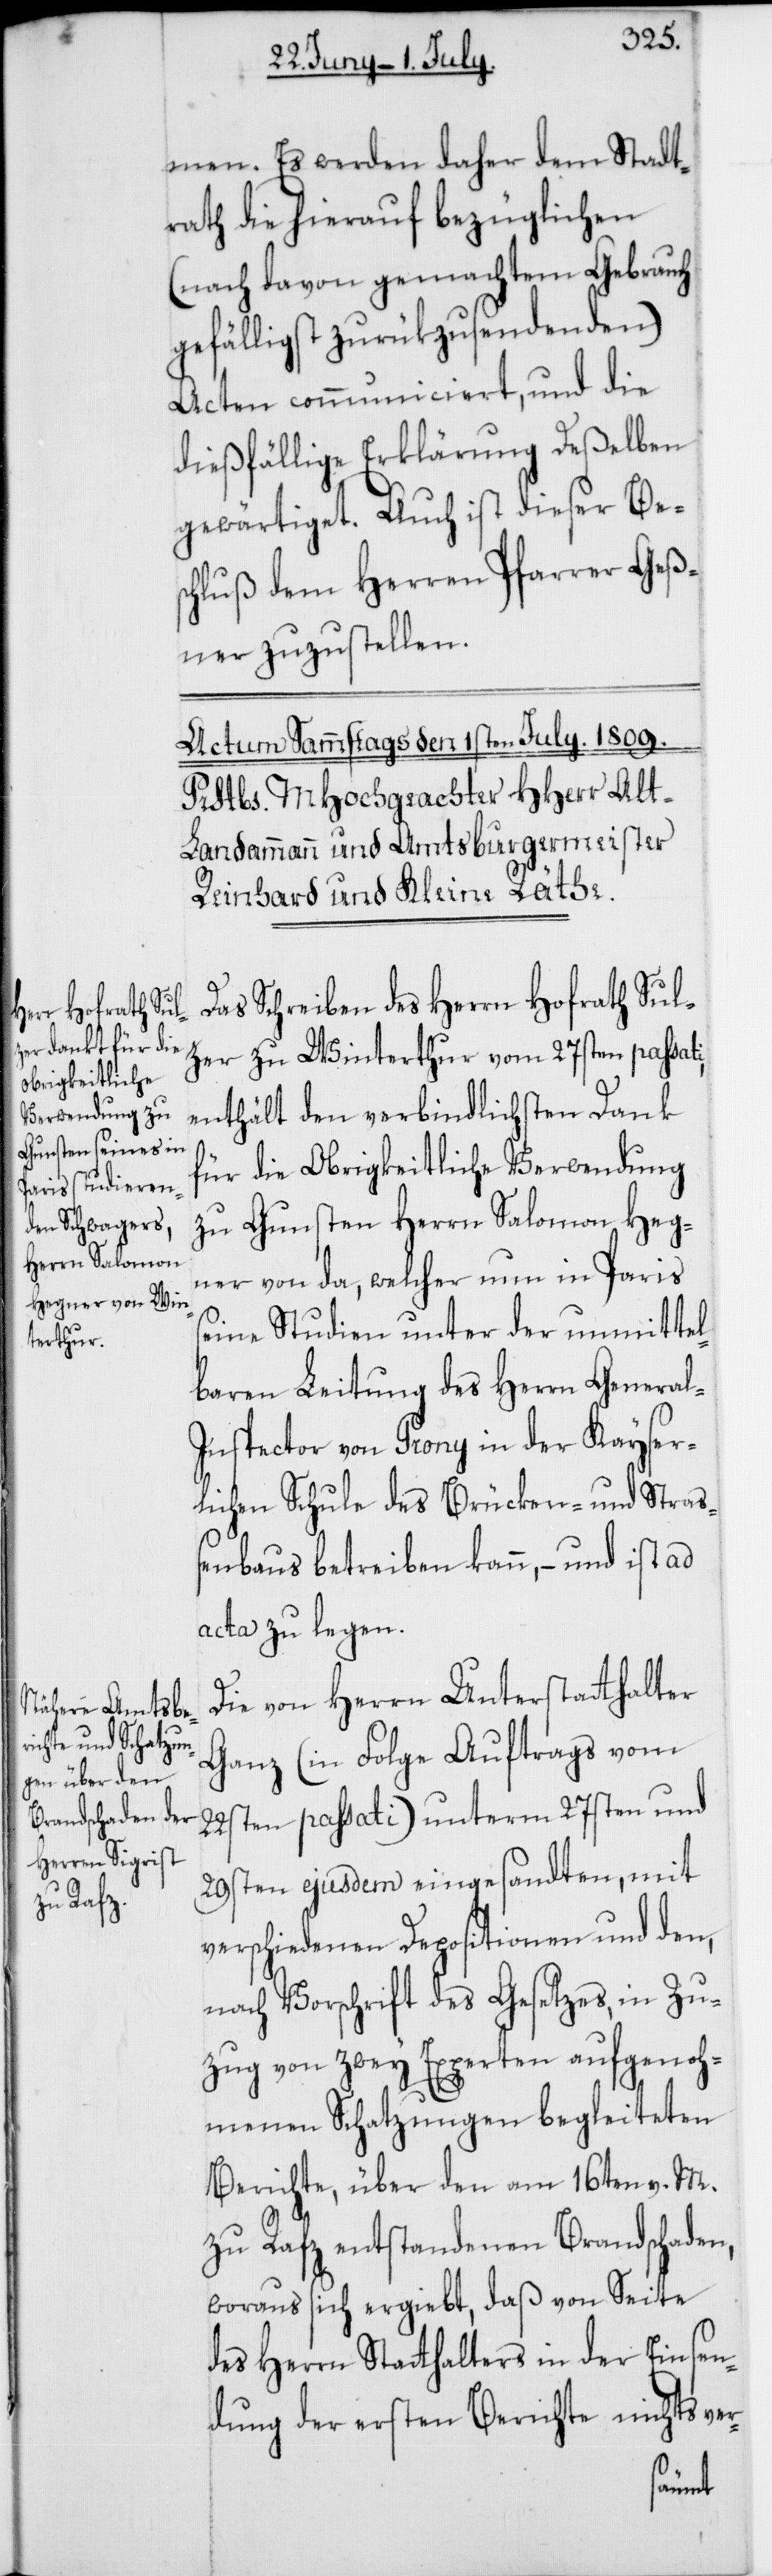
men. Es werden daher dem Stadt¬
rath die hierauf bezüglichen
(nach davon gemachtem Gebrauch
gefälligst zurükzusendenden)
Acten communiciert, und die
dießfällige Erklärung Deßelben
gewärtiget. Auch ist dieser Bes¬
chluß dem Herren Pfarrer Geß¬
ner zuzustellen.
Das Schreiben des Herren Hofrath Sul¬
zer zu Winterthur vom 27sten passati,
enthält den verbindlichsten Dank
für die Obrigkeitliche Verwendung
zu Gunsten Herrn Salomon Heg¬
ner von da, welcher nun in Paris
seine Studien unter der unmittel¬
baren Leitung des Herren Genera¬
l-Inspector von Prony in der Kayser¬
lichen Schule des Brücken- und Straß¬
enbaus betreiben kann, – und ist ad
acta zu legen.
Die von Herren Unterstatthalter
Ganz (in Folge Auftrags vom
22sten passati) unterm 27sten und
29sten ejusdem eingesandten, mit
verschiedenen Depositionen und den,
nach Vorschrift des Gesetzes, in Zu¬
zug von zwey Experten aufgenoh¬
menen Schatzungen begleiteten
Berichte, über den am 16ten v. M.
zu Rafz entstandenen Brandschaden,
woraus sich ergiebt, daß von Seite
des Herren Stathalters in der Einsen¬
dung der ersten Berichte nichts ver-